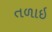
તળાઇ